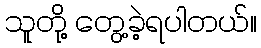
သူတို့ တွေ့ခဲ့ရပါတယ်။